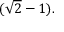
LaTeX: ( { \sqrt { 2 } } - 1 ) .